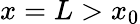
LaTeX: x=L>x_{0}